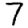
Digit: 7